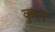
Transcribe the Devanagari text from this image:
कुएर